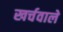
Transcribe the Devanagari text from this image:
खर्चवाले